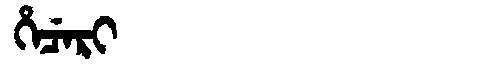
Manchu: ᡥᡝᠴᡝᡵᡳ
Romanization: HECERI